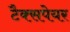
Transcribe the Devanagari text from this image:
टैक्सपेयर